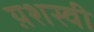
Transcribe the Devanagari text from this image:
य़शस्वी